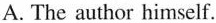
A. The author himself.